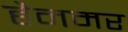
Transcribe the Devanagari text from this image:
हैनमर